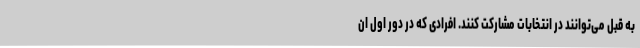
به قبل می‌توانند در انتخابات مشارکت کنند. افرادی که در دور اول ان